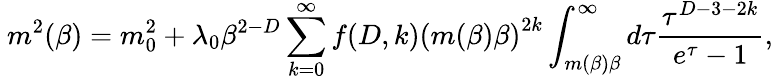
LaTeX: \ m^{2}(\beta)=m_{0}^{2}+\lambda_{0}\beta^{2-D}\sum_{k=0}^{\infty}f(D,k)\left(m(\beta)\beta\right)^{2k}\int_{m(\beta)\beta}^{\infty}d\tau\frac{\tau^{D-3-2k}}{e^{\tau}-1},